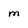
Character: M